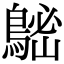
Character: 𪁷